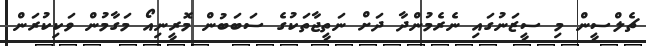
ޗެލްސީން މި ސީޒަނުގައި ނެރެމުންދާ ދަށް ނަތީޖާތަކުގެ ސަބަބުން މޮރީނިއޯ މަގާމުން ވަކިކުރަން